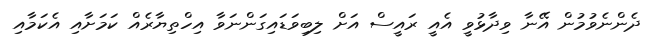
ދެންނެވުމުން އޭނާ ވިދާޅުވީ އެއީ ރައީސް އަށް ލިބިވަޑައިގަންނަވާ އިހްތިޔާރެއް ކަމަށާއި އެކަމާއި